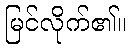
မြင်လိုက်၏။